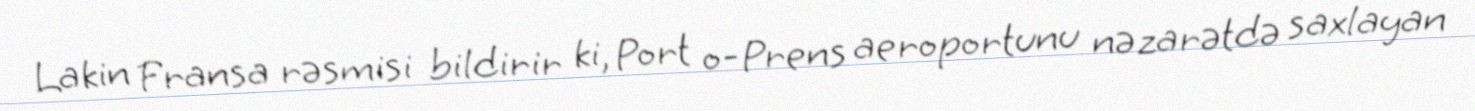
Lakin Fransa rəsmisi bildirir ki, Port o-Prens aeroportunu nəzarətdə saxlayan